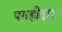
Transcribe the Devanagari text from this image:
पगड़ीदार